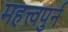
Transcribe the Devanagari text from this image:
महत्त्वपुर्न